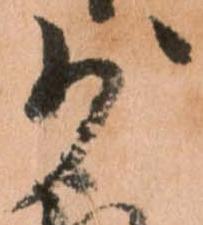
少